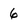
Character: 6